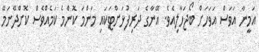
އަމީނާ އަވަސް އަވަހަށް ބޯޖަހާލިއެވެ. އޭނާގެ ދަރިފުޅަށްޓަކައި މަންމަ ކޮންމެ ކަމެއްވެސް ކޮށްދޭނަމޭ